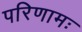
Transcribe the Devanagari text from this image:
परिणामः